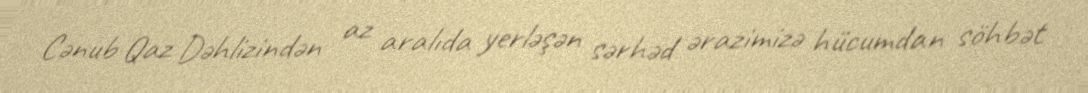
Cənub Qaz Dəhlizindən az aralıda yerləşən sərhəd ərazimizə hücumdan söhbət